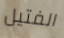
الفتيل